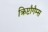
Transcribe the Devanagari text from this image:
क्रिप्टौगैम्स